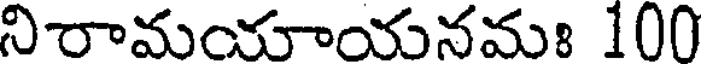
నిరామయాయనమః 100